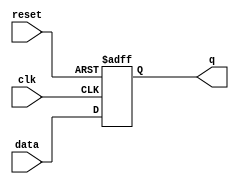
module flip_flop (
    input clk,
    input reset,
    input data,
    output reg q
);

always @(posedge clk or posedge reset) begin
    if (reset) begin
        q <= 0;
    end else begin
        q <= data;
    end
end

endmodule